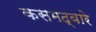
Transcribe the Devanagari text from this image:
कसमद्वारे